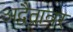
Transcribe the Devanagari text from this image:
अद्वैतावर